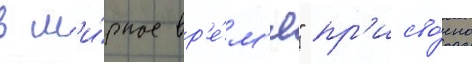
в м'и́рное вр'е́м'я" пр'исво́ено